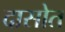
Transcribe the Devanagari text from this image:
दासोत